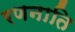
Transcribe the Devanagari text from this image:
रणनाति